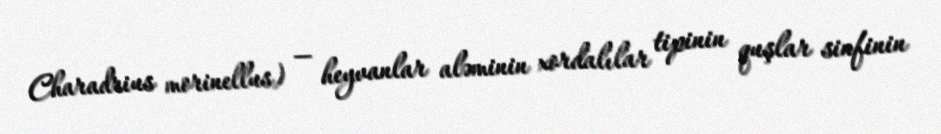
Charadrius morinellus) — heyvanlar aləminin xordalılar tipinin quşlar sinfinin